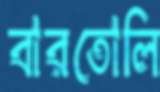
বারতোলি